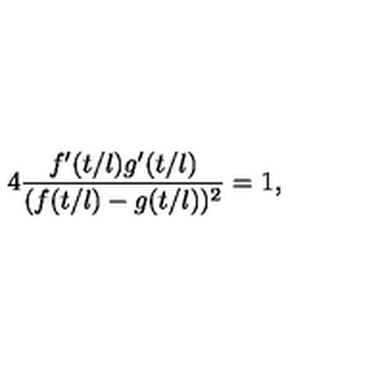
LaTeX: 4 \frac { f ^ { \prime } ( t / l ) g ^ { \prime } ( t / l ) } { ( f ( t / l ) - g ( t / l ) ) ^ { 2 } } = 1 ,